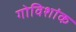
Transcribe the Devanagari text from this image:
गोविशांक